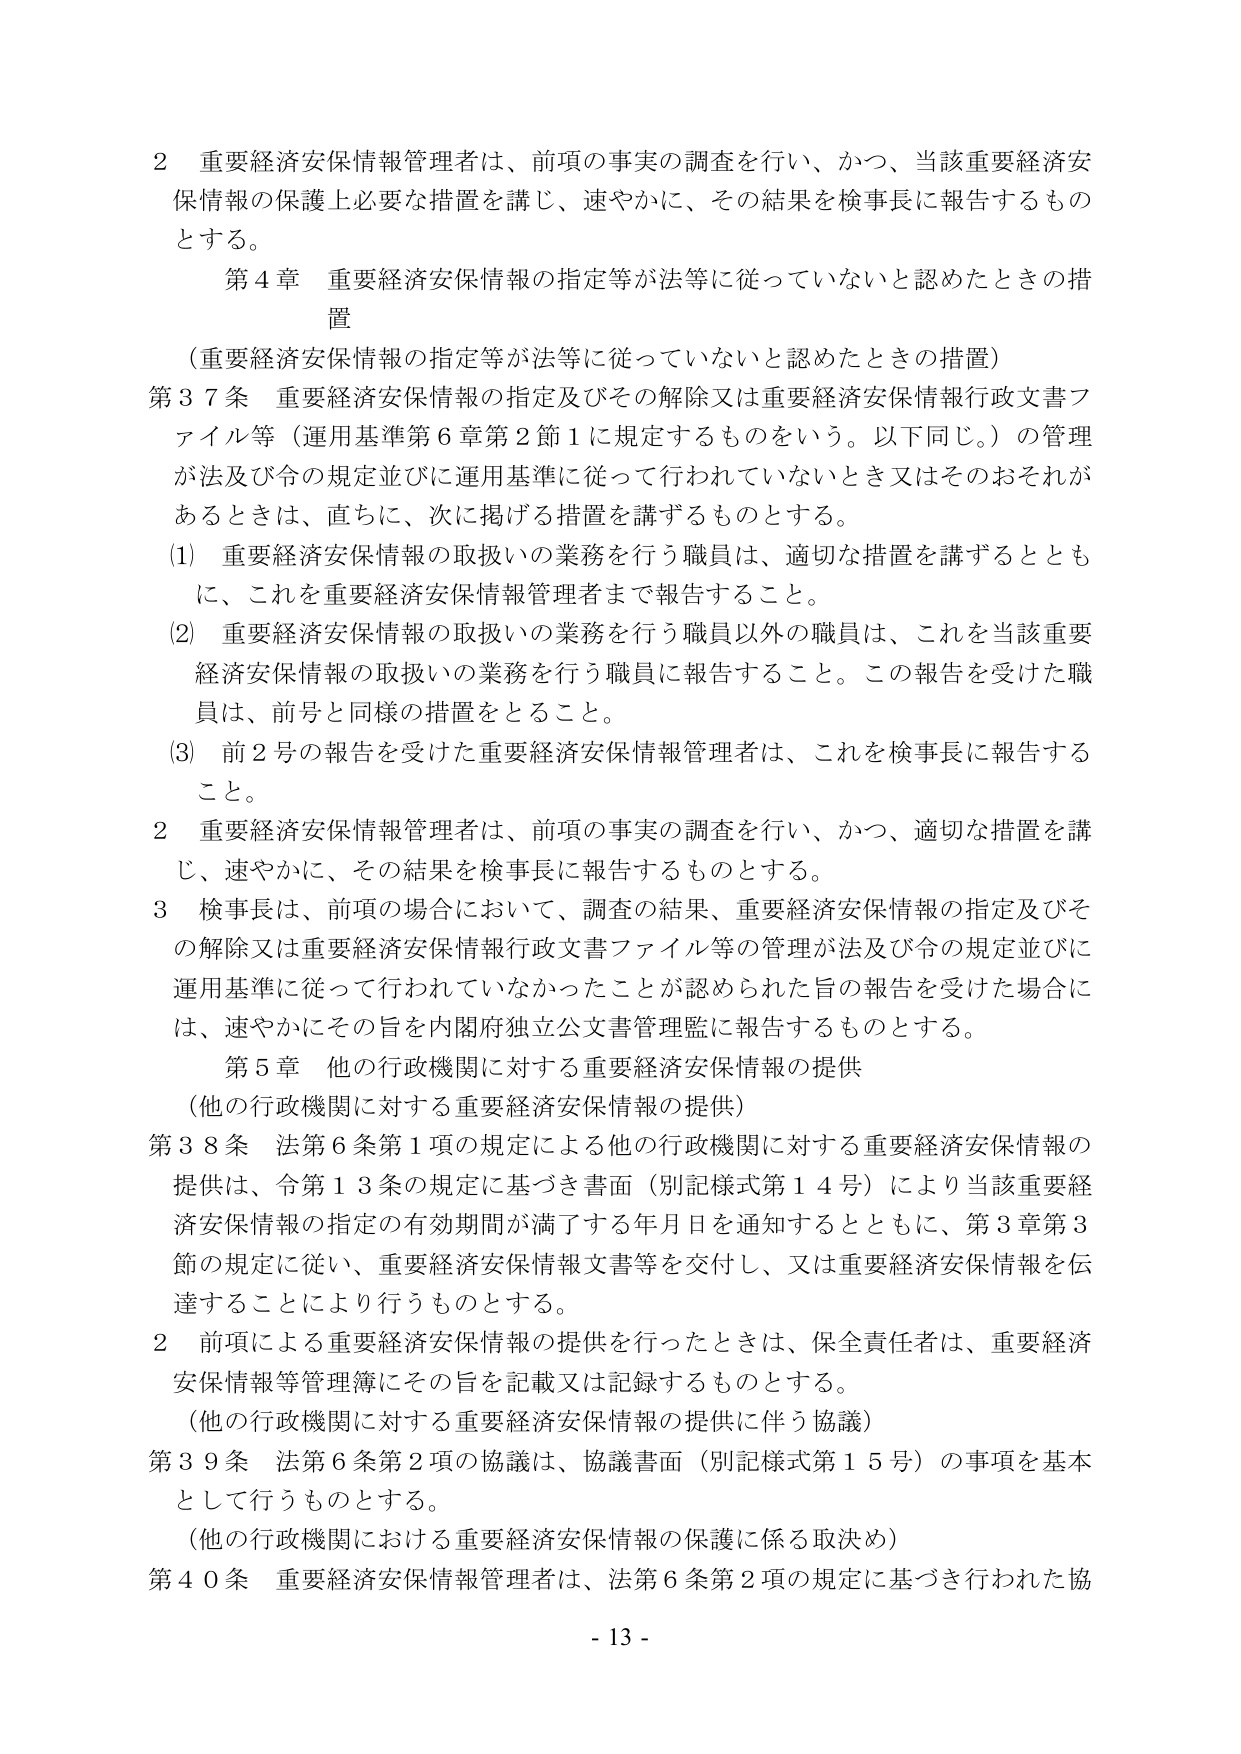
2 重要経済安保情報管理者は、前項の事実の調査を行い、かつ、当該重要経済安保情報の保護上必要な措置を講じ、速やかに、その結果を検事長に報告するものとする。

第4章 重要経済安保情報の指定等が法等に従っていないと認めたときの措置

（重要経済安保情報の指定等が法等に従っていないと認めたときの措置）

第37条 重要経済安保情報の指定及びその解除又は重要経済安保情報行政文書ファイル等（運用基準第6章第2節1に規定するものをいう。以下同じ。）の管理が法及び令の規定並びに運用基準に従って行われていないとき又はそのおそれがあるときは、直ちに、次に掲げる措置を講ずるものとする。

(1) 重要経済安保情報の取扱いの業務を行う職員は、適切な措置を講ずるとともに、これを重要経済安保情報管理者まで報告すること。

(2) 重要経済安保情報の取扱いの業務を行う職員以外の職員は、これを当該重要経済安保情報の取扱いの業務を行う職員に報告すること。この報告を受けた職員は、前号と同様の措置をとること。

(3) 前2号の報告を受けた重要経済安保情報管理者は、これを検事長に報告すること。

2 重要経済安保情報管理者は、前項の事実の調査を行い、かつ、適切な措置を講じ、速やかに、その結果を検事長に報告するものとする。

3 検事長は、前項の場合において、調査の結果、重要経済安保情報の指定及びその解除又は重要経済安保情報行政文書ファイル等の管理が法及び令の規定並びに運用基準に従って行われていなかったことが認められた旨の報告を受けた場合には、速やかにその旨を内閣府独立公文書管理監に報告するものとする。

第5章 他の行政機関に対する重要経済安保情報の提供

（他の行政機関に対する重要経済安保情報の提供）

第38条 法第6条第1項の規定による他の行政機関に対する重要経済安保情報の提供は、令第13条の規定に基づき書面（別記様式第14号）により当該重要経済安保情報の指定の有効期間が満了する年月日を通知するとともに、第3章第3節の規定に従い、重要経済安保情報文書等を交付し、又は重要経済安保情報を伝達することにより行うものとする。

2 前項による重要経済安保情報の提供を行ったときは、保全責任者は、重要経済安保情報等管理簿にその旨を記載又は記録するものとする。

（他の行政機関に対する重要経済安保情報の提供に伴う協議）

第39条 法第6条第2項の協議は、協議書面（別記様式第15号）の事項を基本として行うものとする。

（他の行政機関における重要経済安保情報の保護に係る取決め）

第40条 重要経済安保情報管理者は、法第6条第2項の規定に基づき行われた協

- 13 -